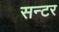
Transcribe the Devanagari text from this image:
सन्टर